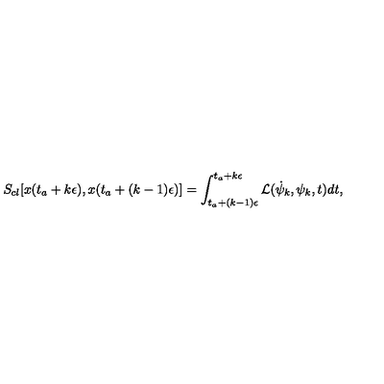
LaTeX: S _ { c l } [ x ( t _ { a } + k \epsilon ) , x ( t _ { a } + ( k - 1 ) \epsilon ) ] = \int _ { t _ { a } + ( k - 1 ) \epsilon } ^ { t _ { a } + k \epsilon } { \cal { L } } ( \dot { \psi } _ { k } , \psi _ { k } , t ) d t ,